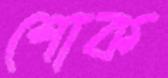
শোক